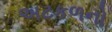
અટકળનો